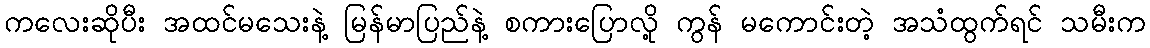
ကလေးဆိုပီး အထင်မသေးနဲ့ မြန်မာပြည်နဲ့ စကားပြောလို့ ကွန် မကောင်းတဲ့ အသံထွက်ရင် သမီးက